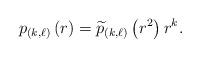
LaTeX: \begin{align*}p_{\left( k,\ell\right) }\left( r\right) =\widetilde{p}_{\left(k,\ell\right) }\left( r^{2}\right) r^{k}. \end{align*}